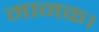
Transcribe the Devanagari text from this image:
मानक।